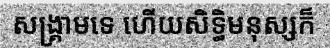
សង្គ្រាមទេ ហើយសិទ្ធិមនុស្សក៏